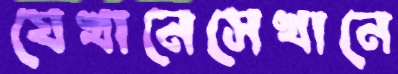
যেখানেসেখানে